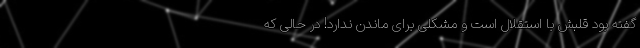
گفته بود قلبش با استقلال است و مشکلی برای ماندن ندارد! در حالی که